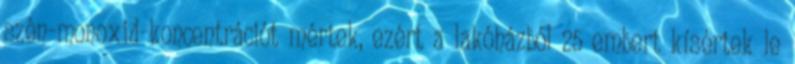
szén-monoxid-koncentrációt mértek, ezért a lakóházból 25 embert kísértek le